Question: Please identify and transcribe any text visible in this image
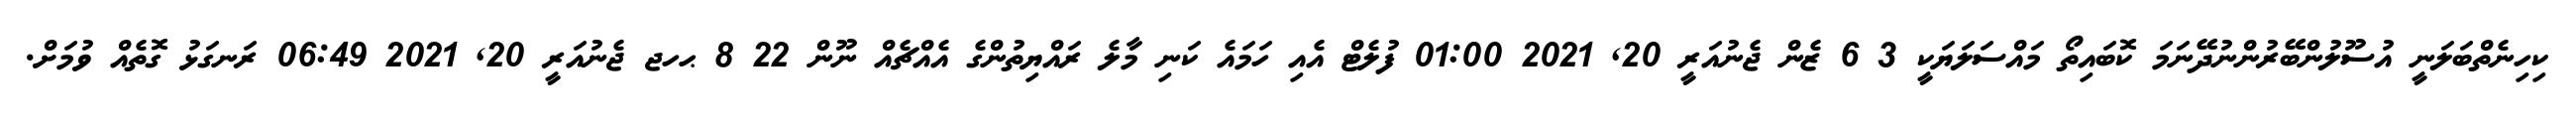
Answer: ކިހިނެތްބަލަނީ އުސޫލުންބޭރުންނުދޭނަމަ ކޮބައިތޯ މައްސަލަޔަކީ 3 6 ޒެން ޖެނުއަރީ 20, 2021 01:00 ފުލެޓް އެއި ހަމައެ ކަނި މާލެ ރައްޔިތުންގެ އެއްޗެއް ނޫން 22 8 ޙހޖ ޖެނުއަރީ 20, 2021 06:49 ރަނގަޅު ގޮތެއް ވުމަށް.